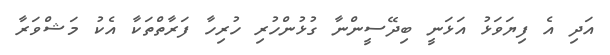
އަދި އެ ފިޔަވަޅު އަޅަނީ ބިދޭސީންނާ ގުޅުންހުރި ހުރިހާ ފަރާތްތަކާ އެކު މަޝްވަރާ